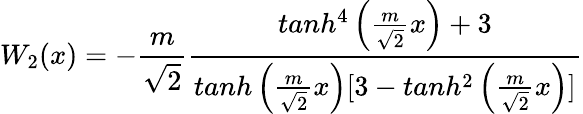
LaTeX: W_{2}(x)=-\frac{m}{\sqrt 2}\frac{tanh^{4}\left(\frac{m}{\sqrt 2}x\right)+3}{tanh\left(\frac{m}{\sqrt 2}x\right)[3-tanh^{2}\left(\frac{m}{\sqrt 2}x\right)]}